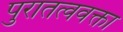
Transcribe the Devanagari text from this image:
पुरातत्ववक्ता